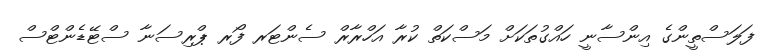
ފަލަސްތީންގެ އިންސާނީ ހައްގުތަކަށް މަސްކަތް ކުރާ އަހްރާރް ސެންޓަރ ފޯރ ޕްރިސަނާ ސްޓޭޑެންޓްސް